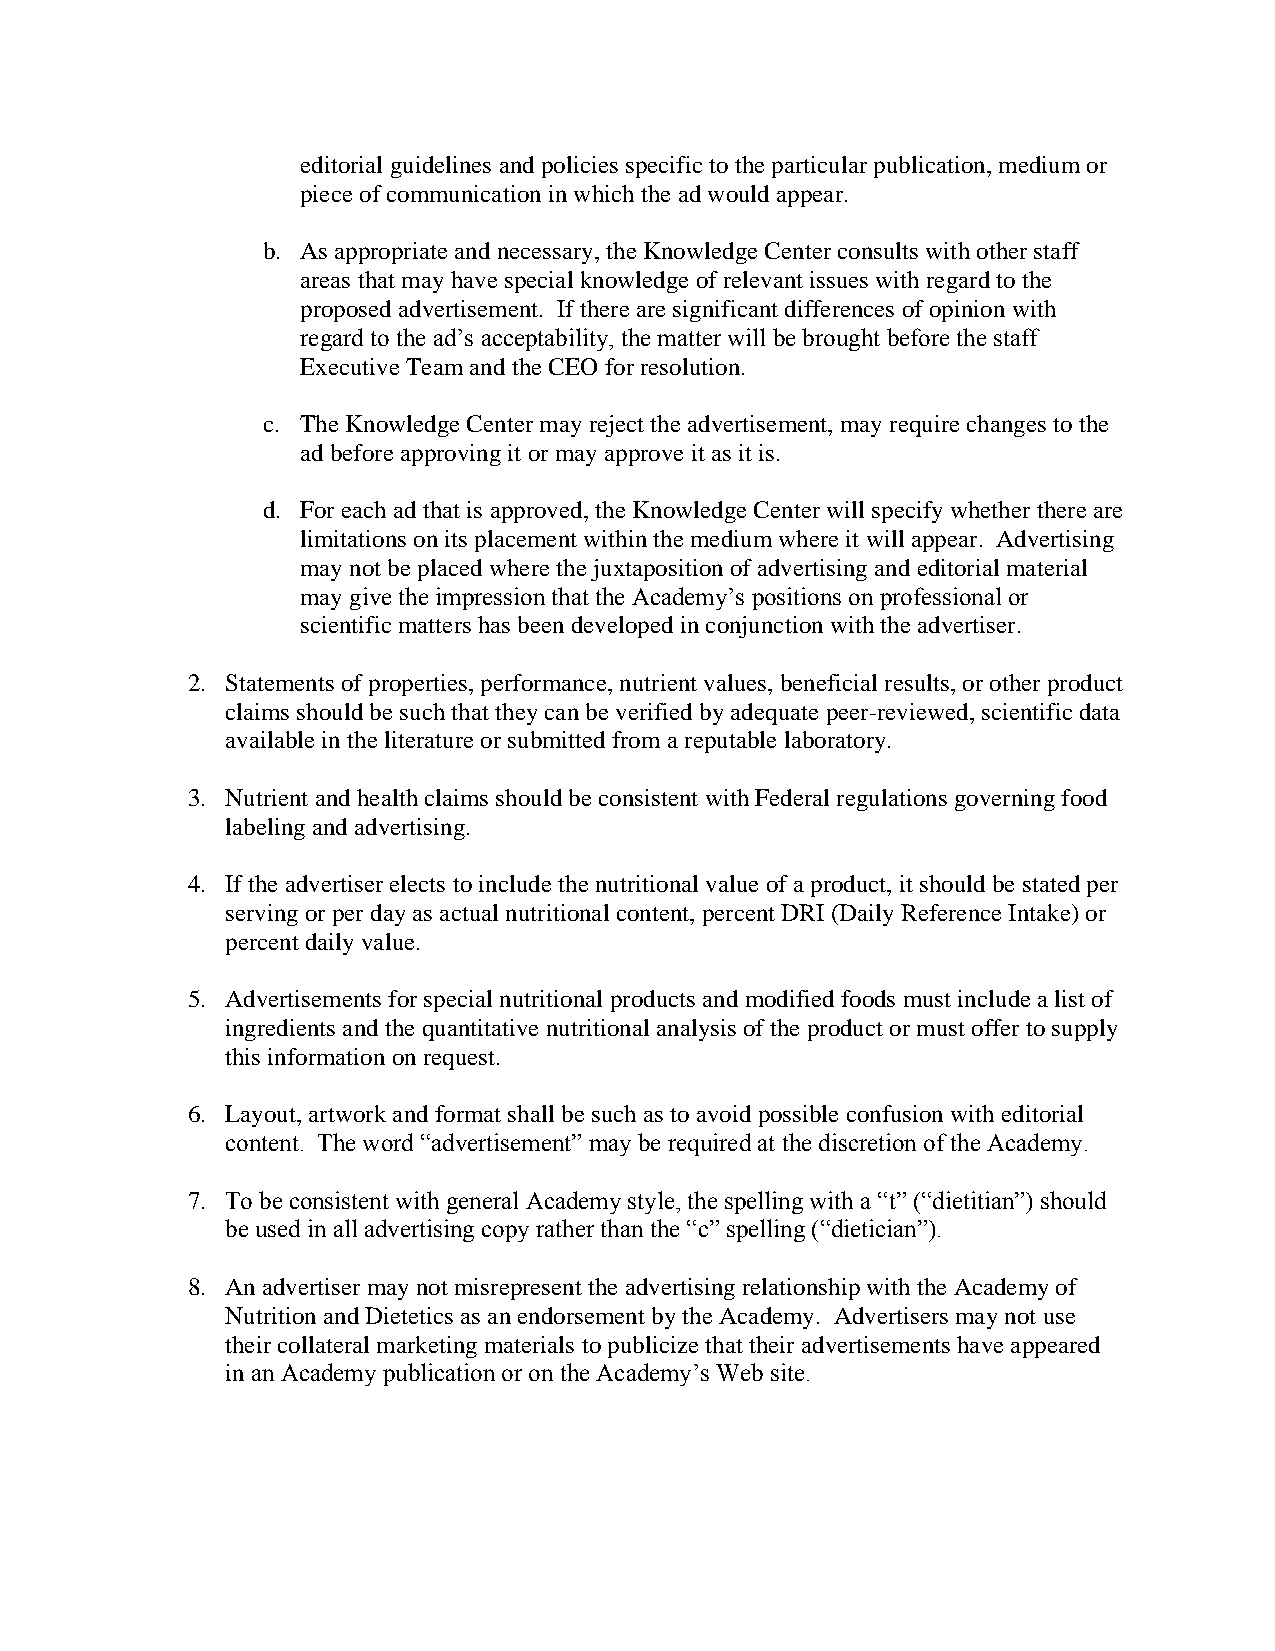
editorial guidelines and policies specific to the particular publication, medium or
 piece of communication in which the ad would appear.
 b. As appropriate and necessary, the Knowledge Center consults with other staff
 areas that may have special knowledge of relevant issues with regard to the
 proposed advertisement. If there are significant differences of opinion with
 regard to the ad’s acceptability, the matter will be brought before the staff
 Executive Team and the CEO for resolution.
 c. The Knowledge Center may reject the advertisement, may require changes to the
 ad before approving it or may approve it as it is.
 d. For each ad that is approved, the Knowledge Center will specify whether there are
 limitations on its placement within the medium where it will appear. Advertising
 may not be placed where the juxtaposition of advertising and editorial material
 may give the impression that the Academy’s positions on professional or
 scientific matters has been developed in conjunction with the advertiser.
 2. Statements of properties, performance, nutrient values, beneficial results, or other product
 claims should be such that they can be verified by adequate peer-reviewed, scientific data
 available in the literature or submitted from a reputable laboratory.
 3. Nutrient and health claims should be consistent with Federal regulations governing food
 labeling and advertising.
 4. If the advertiser elects to include the nutritional value of a product, it should be stated per
 serving or per day as actual nutritional content, percent DRI (Daily Reference Intake) or
 percent daily value.
 5. Advertisements for special nutritional products and modified foods must include a list of
 ingredients and the quantitative nutritional analysis of the product or must offer to supply
 this information on request.
 6. Layout, artwork and format shall be such as to avoid possible confusion with editorial
 content. The word “advertisement” may be required at the discretion of the Academy.
 7. To be consistent with general Academy style, the spelling with a “t” (“dietitian”) should
 be used in all advertising copy rather than the “c” spelling (“dietician”).
 8. An advertiser may not misrepresent the advertising relationship with the Academy of
 Nutrition and Dietetics as an endorsement by the Academy. Advertisers may not use
 their collateral marketing materials to publicize that their advertisements have appeared
 in an Academy publication or on the Academy’s Web site.